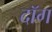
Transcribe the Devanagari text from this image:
दॉग